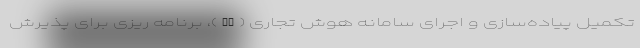
تکمیل پیاده‌سازی و اجرای سامانه هوش تجاری (BI)، برنامه ریزی برای پذیرش